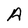
Character: A